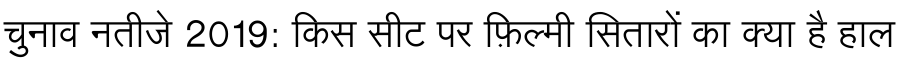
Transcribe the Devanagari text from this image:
चुनाव नतीजे 2019: किस सीट पर फ़िल्मी सितारों का क्या है हाल